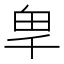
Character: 𭅡